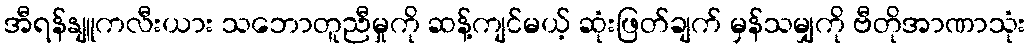
အီရန်နျူကလီးယား သဘောတူညီမှုကို ဆန့်ကျင်မယ့် ဆုံးဖြတ်ချက် မှန်သမျှကို ဗီတိုအာဏာသုံး